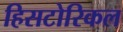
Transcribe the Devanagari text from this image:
हिसटोरिकल